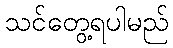
သင်တွေ့ရပါမည်